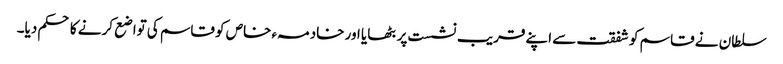
سلطان نے قاسم کو شفقت سے اپنے قریب نشست پر بٹھایا اور خادمہء خاص کو قاسم کی تواضع کرنے کا حکم دیا۔